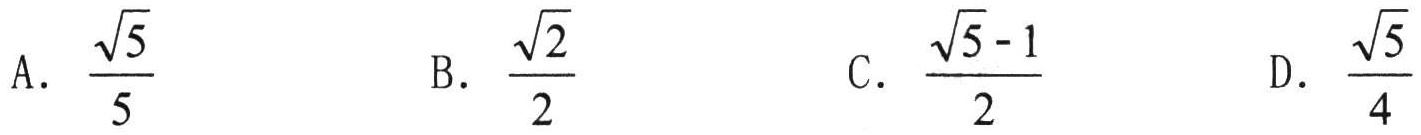
A. $\frac{\sqrt{5}}{5}$

B. $\frac{\sqrt{2}}{2}$

C. $\frac{\sqrt{5}-1}{2}$

D. $\frac{\sqrt{5}}{4}$